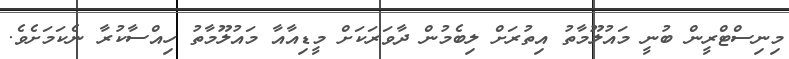
މިނިސްޓްރީން ބުނީ މައުލޫމާތު އިތުރަށް ލިބެމުން ދާވަރަކަށް މީޑިއާއާ މައުލޫމާތު ހިއްސާކުރާ ނެކަމަށެވެ.